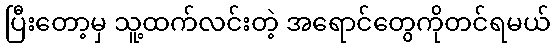
ပြီးတော့မှ သူ့ထက်လင်းတဲ့ အရောင်တွေကိုတင်ရမယ်